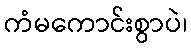
ကံမကောင်းစွာပဲ၊